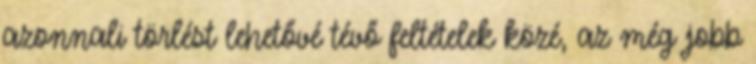
azonnali törlést lehetővé tévő feltételek közé, az még jobb